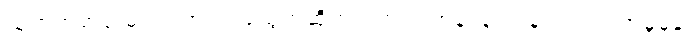
သူကတရာရုံးမှာ သက်သေခံထွက်ဆိုတဲ့အတွက် အန်ဒရူးကွန်းလင်းရဲ့အမှုမှန်